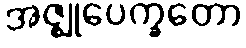
အဇ္ဈုပေက္ခတော